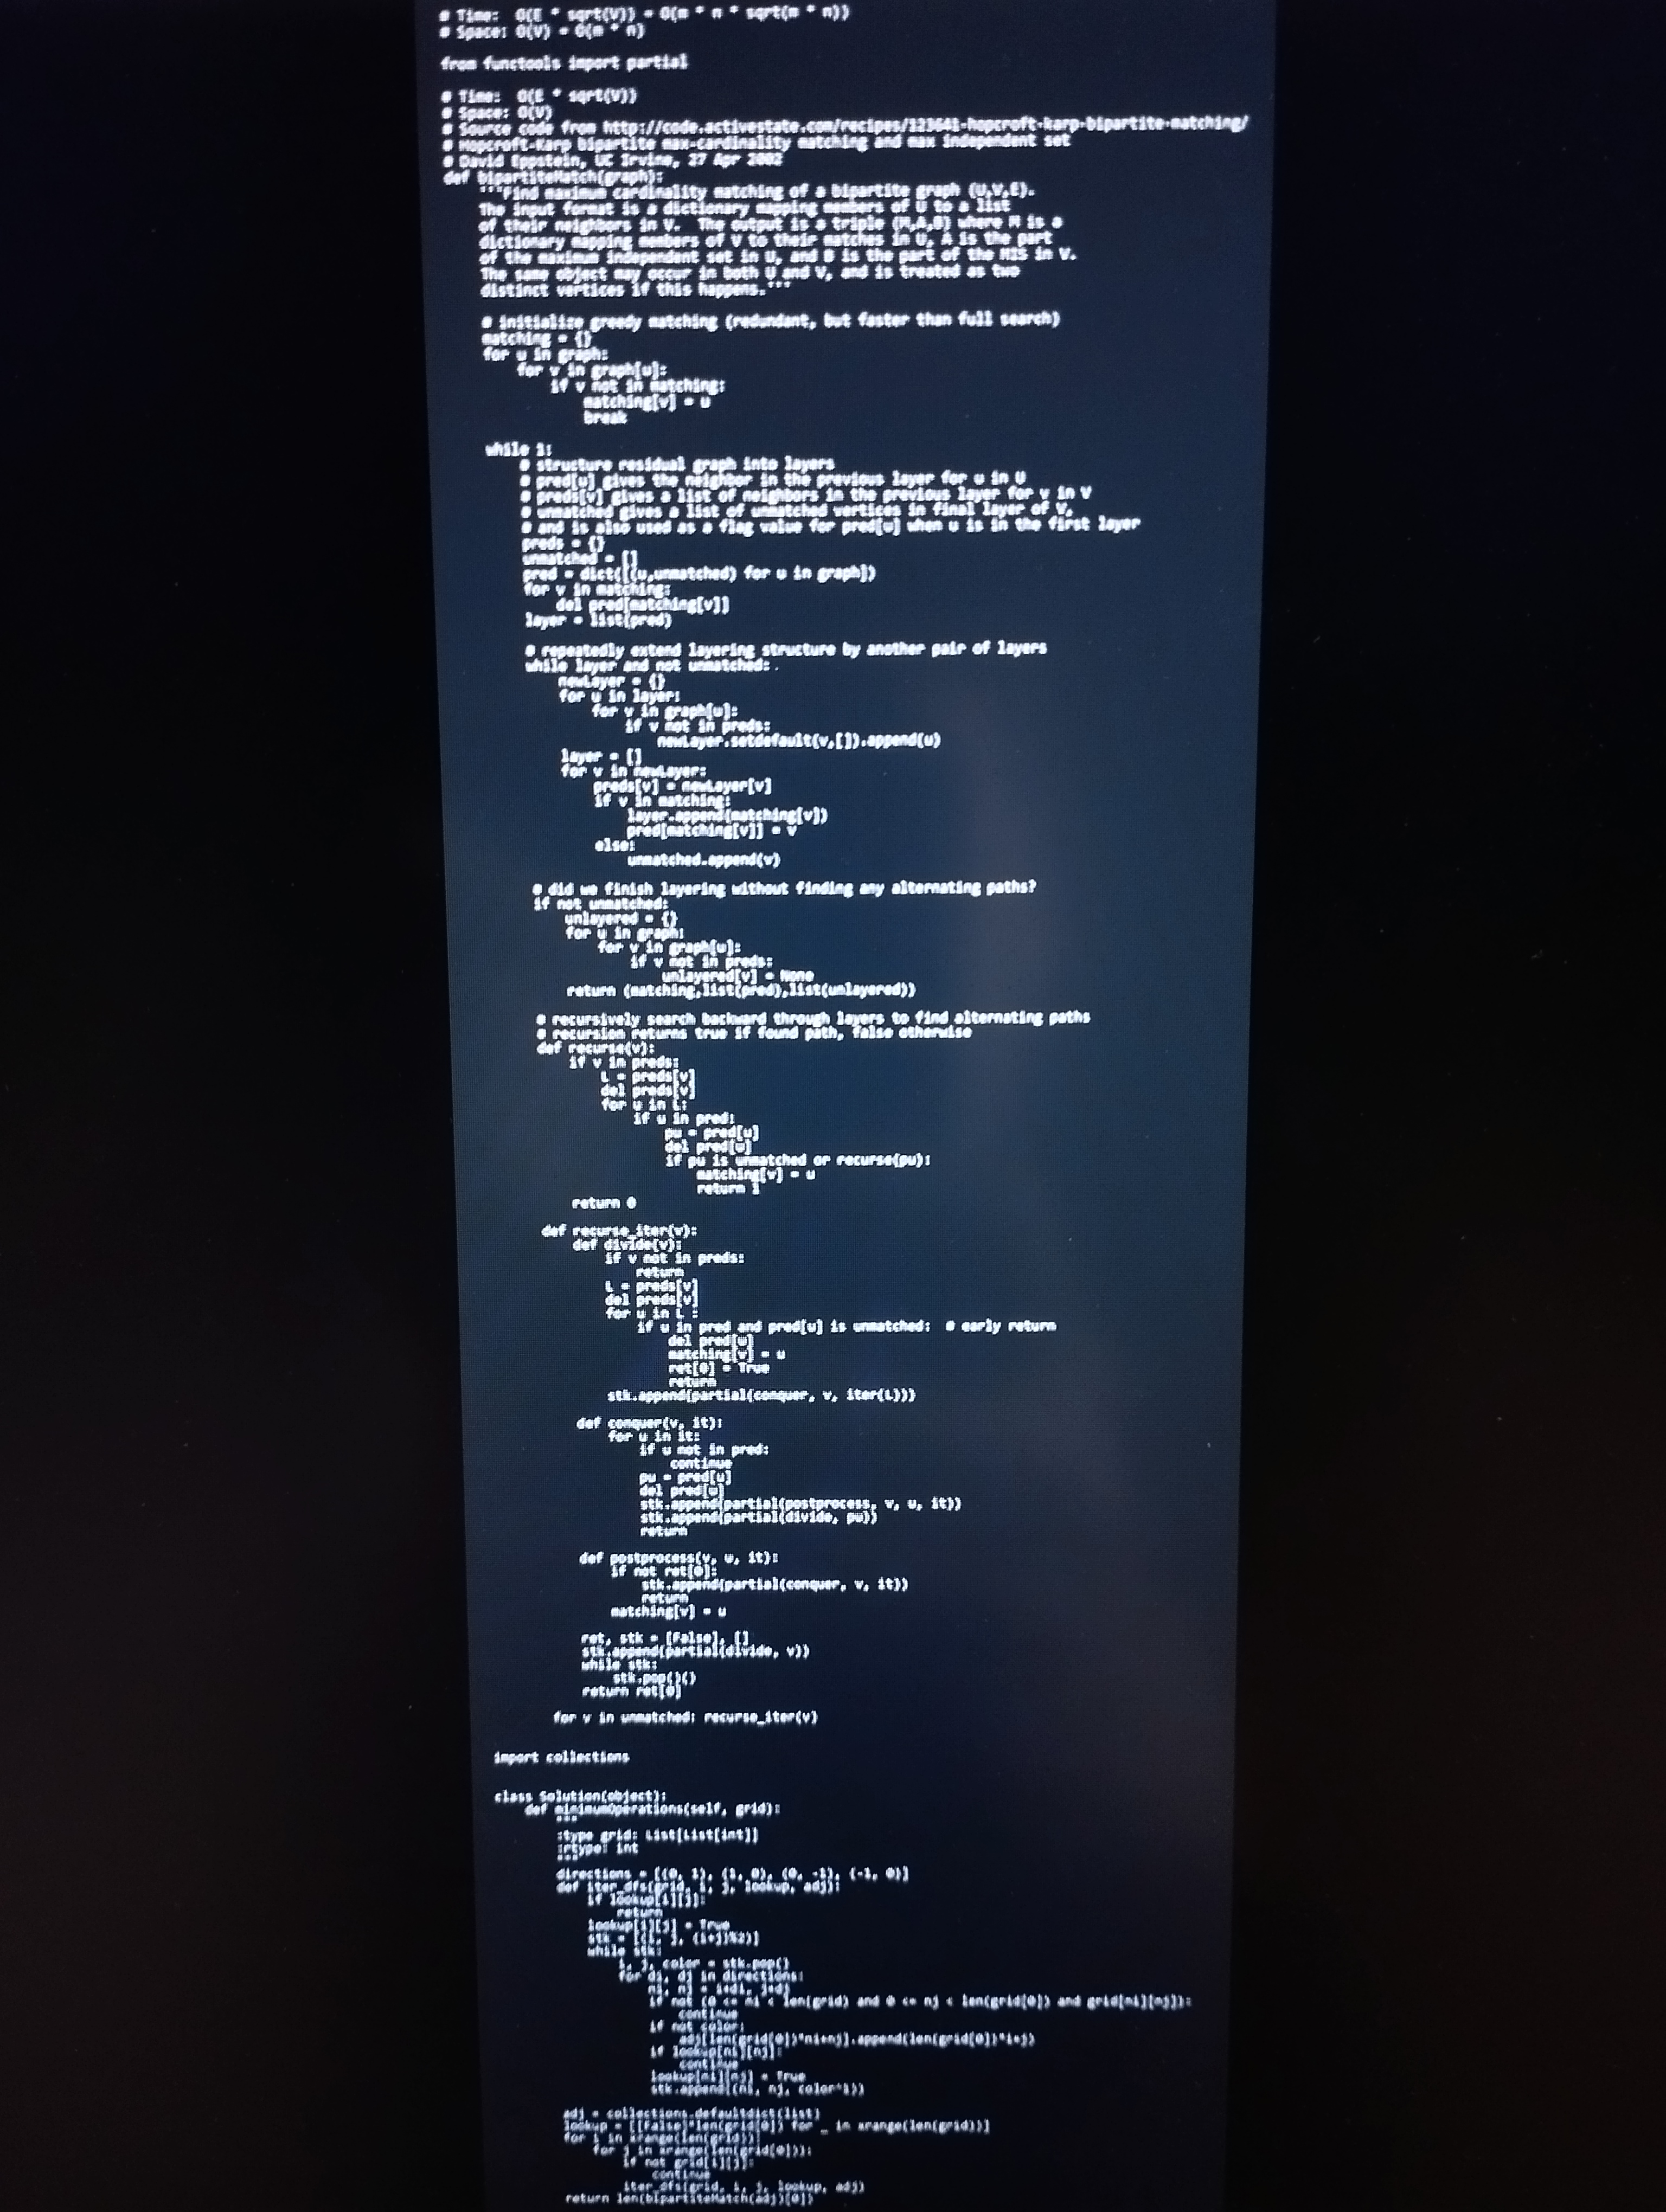
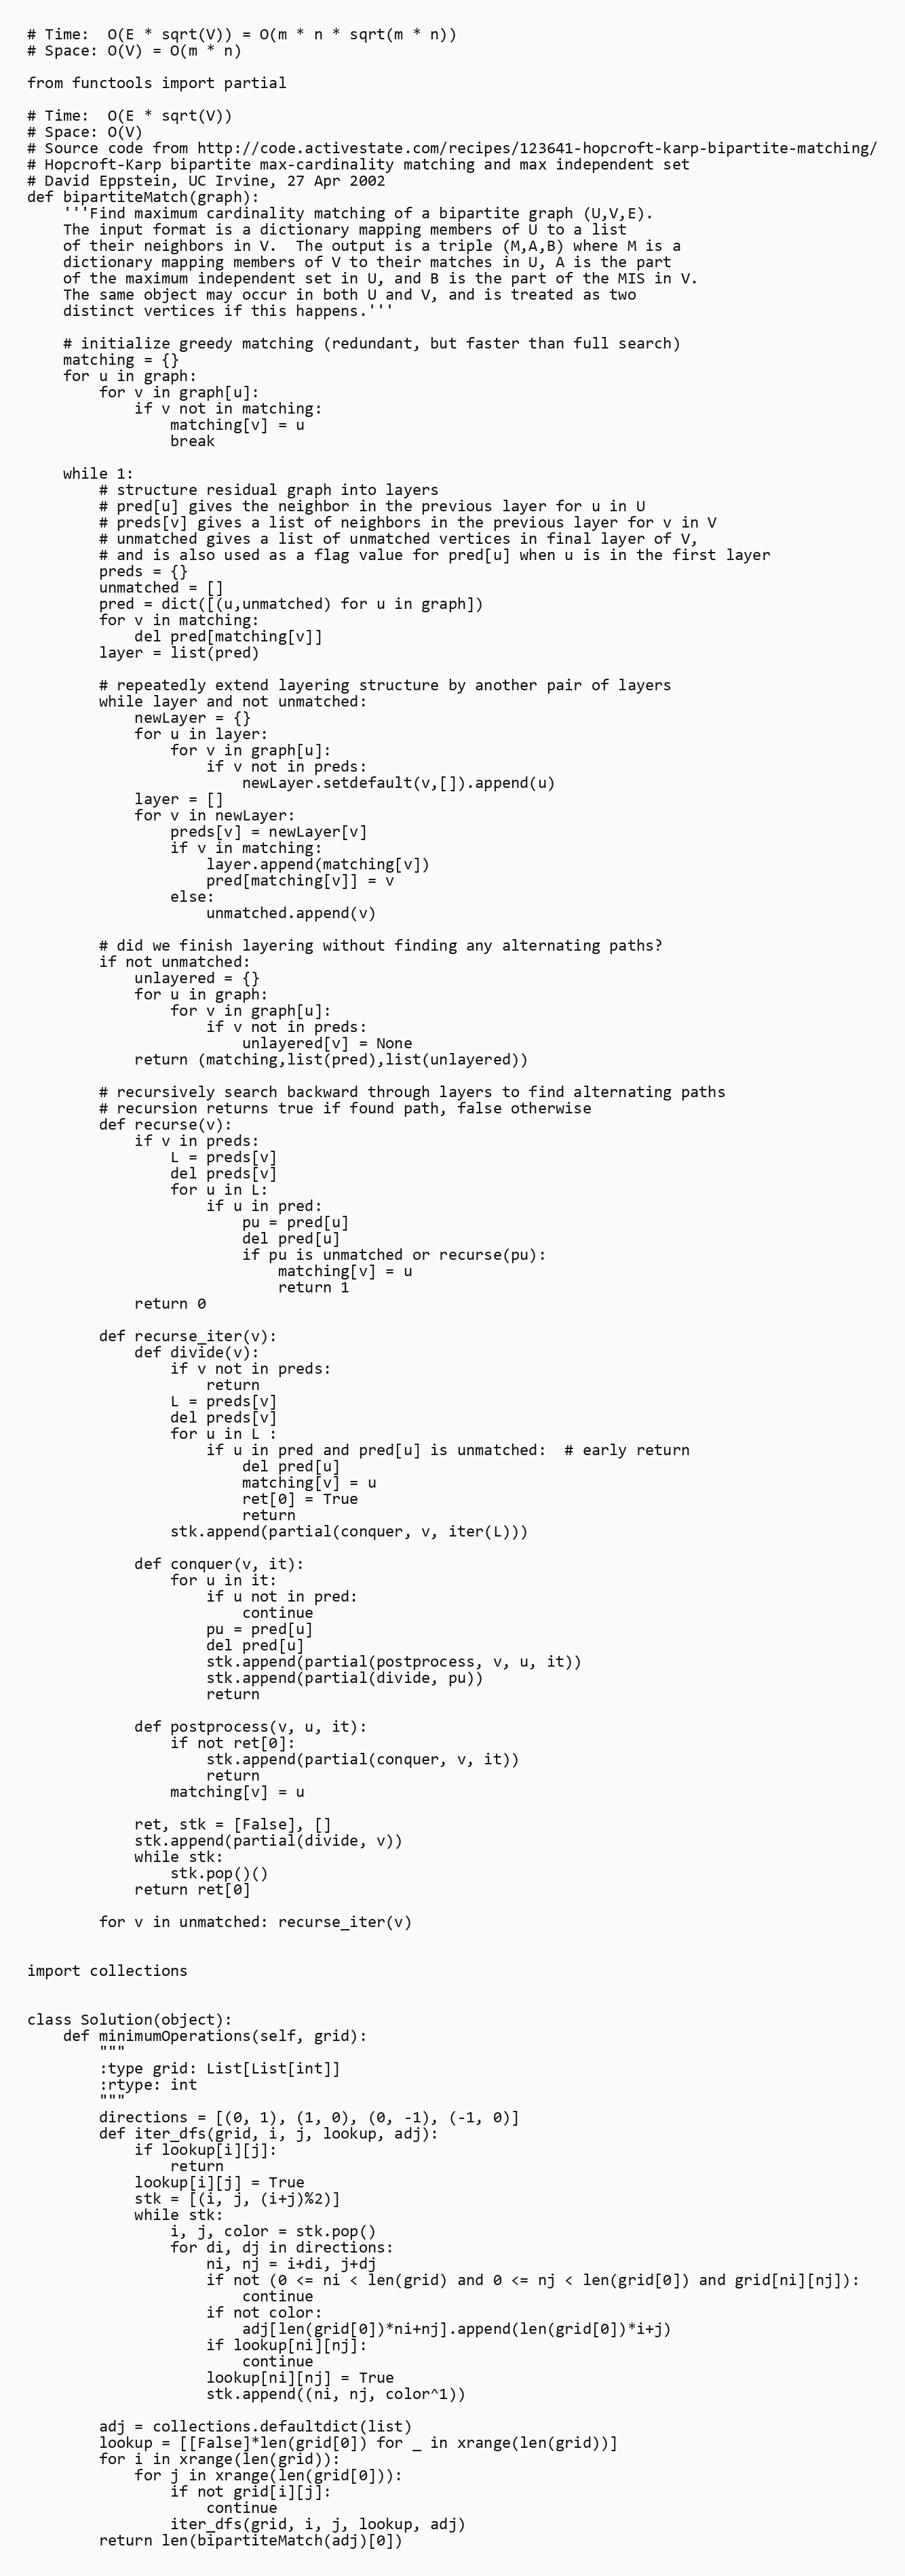
# Time:  O(E * sqrt(V)) = O(m * n * sqrt(m * n))
# Space: O(V) = O(m * n)

from functools import partial

# Time:  O(E * sqrt(V))
# Space: O(V)
# Source code from http://code.activestate.com/recipes/123641-hopcroft-karp-bipartite-matching/
# Hopcroft-Karp bipartite max-cardinality matching and max independent set
# David Eppstein, UC Irvine, 27 Apr 2002
def bipartiteMatch(graph):
    '''Find maximum cardinality matching of a bipartite graph (U,V,E).
    The input format is a dictionary mapping members of U to a list
    of their neighbors in V.  The output is a triple (M,A,B) where M is a
    dictionary mapping members of V to their matches in U, A is the part
    of the maximum independent set in U, and B is the part of the MIS in V.
    The same object may occur in both U and V, and is treated as two
    distinct vertices if this happens.'''

    # initialize greedy matching (redundant, but faster than full search)
    matching = {}
    for u in graph:
        for v in graph[u]:
            if v not in matching:
                matching[v] = u
                break

    while 1:
        # structure residual graph into layers
        # pred[u] gives the neighbor in the previous layer for u in U
        # preds[v] gives a list of neighbors in the previous layer for v in V
        # unmatched gives a list of unmatched vertices in final layer of V,
        # and is also used as a flag value for pred[u] when u is in the first layer
        preds = {}
        unmatched = []
        pred = dict([(u,unmatched) for u in graph])
        for v in matching:
            del pred[matching[v]]
        layer = list(pred)

        # repeatedly extend layering structure by another pair of layers
        while layer and not unmatched:
            newLayer = {}
            for u in layer:
                for v in graph[u]:
                    if v not in preds:
                        newLayer.setdefault(v,[]).append(u)
            layer = []
            for v in newLayer:
                preds[v] = newLayer[v]
                if v in matching:
                    layer.append(matching[v])
                    pred[matching[v]] = v
                else:
                    unmatched.append(v)

        # did we finish layering without finding any alternating paths?
        if not unmatched:
            unlayered = {}
            for u in graph:
                for v in graph[u]:
                    if v not in preds:
                        unlayered[v] = None
            return (matching,list(pred),list(unlayered))

        # recursively search backward through layers to find alternating paths
        # recursion returns true if found path, false otherwise
        def recurse(v):
            if v in preds:
                L = preds[v]
                del preds[v]
                for u in L:
                    if u in pred:
                        pu = pred[u]
                        del pred[u]
                        if pu is unmatched or recurse(pu):
                            matching[v] = u
                            return 1
            return 0

        def recurse_iter(v):
            def divide(v):
                if v not in preds:
                    return
                L = preds[v]
                del preds[v]
                for u in L :
                    if u in pred and pred[u] is unmatched:  # early return
                        del pred[u]
                        matching[v] = u
                        ret[0] = True
                        return
                stk.append(partial(conquer, v, iter(L)))

            def conquer(v, it):
                for u in it:
                    if u not in pred:
                        continue
                    pu = pred[u]
                    del pred[u]
                    stk.append(partial(postprocess, v, u, it))
                    stk.append(partial(divide, pu))
                    return

            def postprocess(v, u, it):
                if not ret[0]:
                    stk.append(partial(conquer, v, it))
                    return
                matching[v] = u

            ret, stk = [False], []
            stk.append(partial(divide, v))
            while stk:
                stk.pop()()
            return ret[0]

        for v in unmatched: recurse_iter(v)

import collections

class Solution(object):
    def minimumOperations(self, grid):
        """
        :type grid: List[List[int]]
        :rtype: int
        """
        directions = [(0, 1), (1, 0), (0, -1), (-1, 0)]
        def iter_dfs(grid, i, j, lookup, adj):
            if lookup[i][j]:
                return
            lookup[i][j] = True
            stk = [(i, j, (i+j)%2)]
            while stk:
                i, j, color = stk.pop()
                for di, dj in directions:
                    ni, nj = i+di, j+dj
                    if not (0 <= ni < len(grid) and 0 <= nj < len(grid[0]) and grid[ni][nj]):
                        continue
                    if not color:
                        adj[len(grid[0])*ni+nj].append(len(grid[0])*i+j)
                    if lookup[ni][nj]:
                        continue
                    lookup[ni][nj] = True
                    stk.append((ni, nj, color^1))

        adj = collections.defaultdict(list)
        lookup = [[False]*len(grid[0]) for _ in xrange(len(grid))]
        for i in xrange(len(grid)):
            for j in xrange(len(grid[0])):
                if not grid[i][j]:
                    continue
                iter_dfs(grid, i, j, lookup, adj)
        return len(bipartiteMatch(adj)[0])